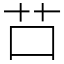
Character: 𦬅